Indian journal of veterinary science and animal husbandry - Volumes 26-27, 1956-1957
Year: 1956
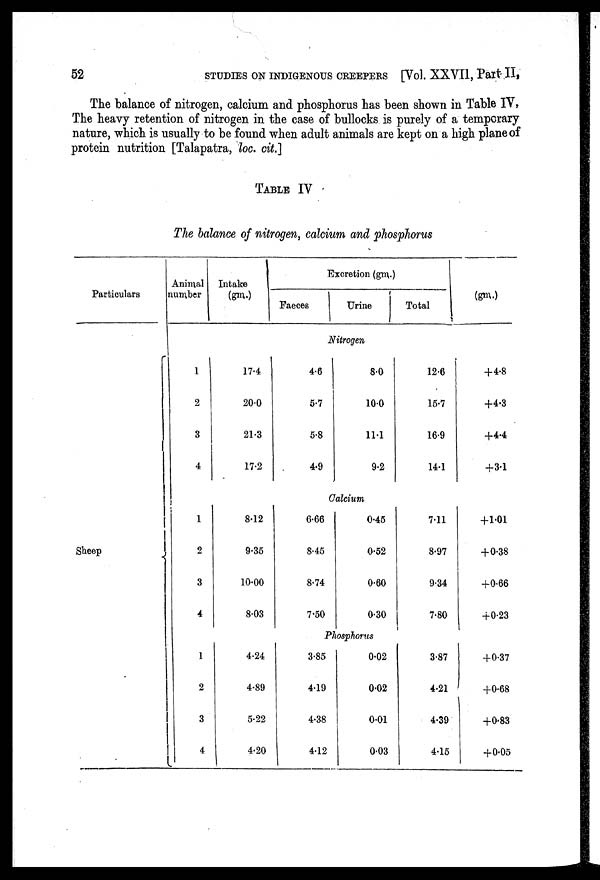
52
STUDIES ON INDIGENOUS CREEPERS [Vol. XXVII, Part II,
The balance of nitrogen, calcium and phosphorus has been shown in Table IV,
The heavy retention of nitrogen in the case of bullocks is purely of a temporary
nature, which is usually to be found when adult animals are kept on a high plane of
protein nutrition [Talapatra, loc. cit. ]
TABLE IV
The balance of nitrogen, calcium and phosphorus
Particulars
Sheep
Animal
number
Intake
(gm.)
Excretion (gm.)
Faeces
Urine
Total
(gm.)
Nitrogen
1
2
3
4
17.4
20.0
21.3
17.2
4.6
5.7
5.8
4.9
8.0
10.0
11.1
9.2
12.6
15.7
16.9
14.1
+4.8
+4.3
+4.4
+3.1
Calcium
1
2
3
4
8.12
9.35
10.00
8.03
6.66
8.45
8.74
7.50
0.45
0.52
0.60
0.30
7.11
8.97
9.34
7.80
+ 1.01
+ 0.38
+0.66
+0.23
Phosphorus
1
2
3
4
4.24
4.89
5.22
4.20
3.85
4.19
4.38
4.12
0.02
0.02
0.01
0.03
3.87
4.21
4.39
4.15
+0.37
+0.68
+0.83
+0.05